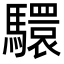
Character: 𩦮